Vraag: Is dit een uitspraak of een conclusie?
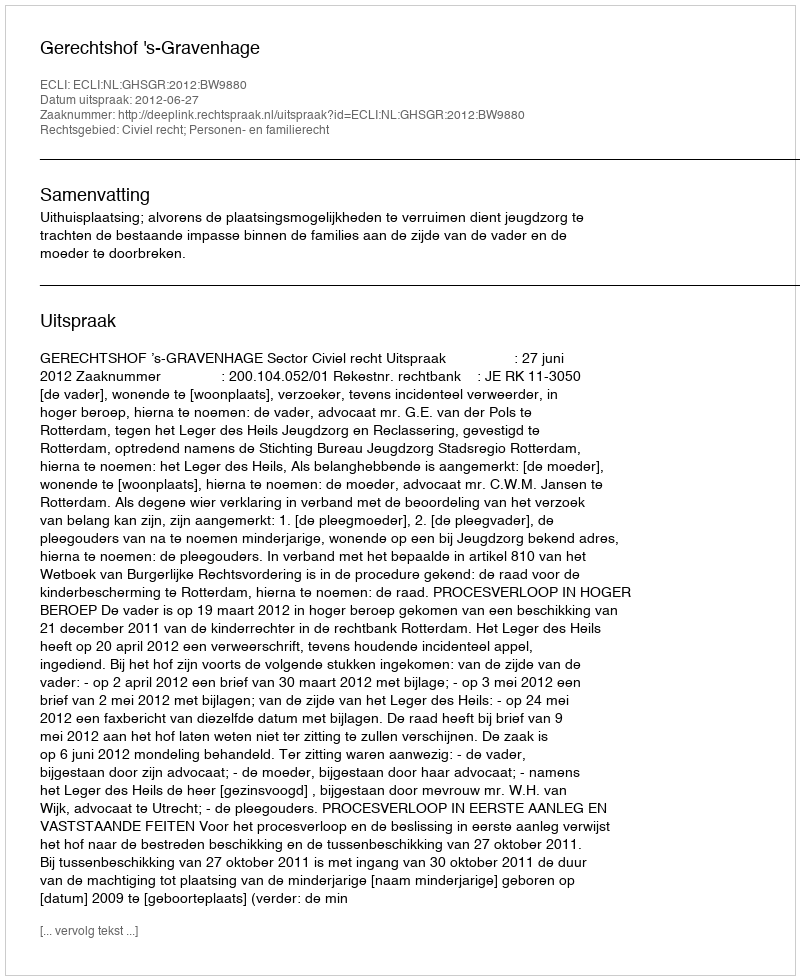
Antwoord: Uitspraak